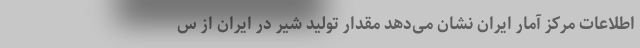
اطلاعات مرکز آمار ایران نشان می‌دهد مقدار تولید شیر در ایران از س